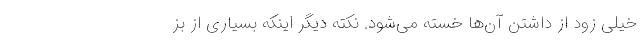
خیلی زود از داشتن آن‌ها خسته می‌شود. نکته دیگر اینکه بسیاری از بز